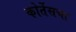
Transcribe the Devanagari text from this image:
कोर्तेसचा